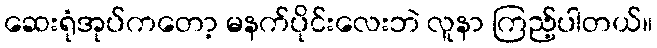
ဆေးရုံအုပ်ကတော့ မနက်ပိုင်းလေးဘဲ လူနာ ကြည့်ပါတယ်။